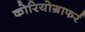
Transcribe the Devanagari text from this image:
कोरियोग्राफर्र